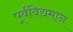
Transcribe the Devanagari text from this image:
पूर्वविद्यमान